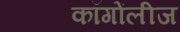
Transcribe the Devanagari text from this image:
कॉगोंलीज